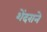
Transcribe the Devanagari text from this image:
शेंदराने